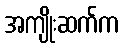
အကျိုးဆက်က